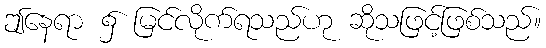
ဤနေရာ ၌ မြင်လိုက်ရသည်ဟု ဆိုသဖြင့်ဖြစ်သည်။